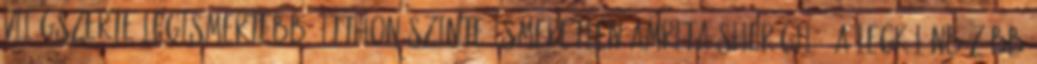
világszerte legismertebb, itthon szinte ismeretlen Amrita Sher-Gilé. A legkülönbözőbb